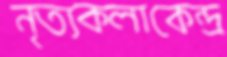
নৃত্যকলাকেন্দ্র